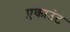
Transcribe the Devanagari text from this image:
ए़काउंट